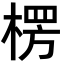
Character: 楞